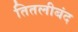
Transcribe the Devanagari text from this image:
तितलीबंद